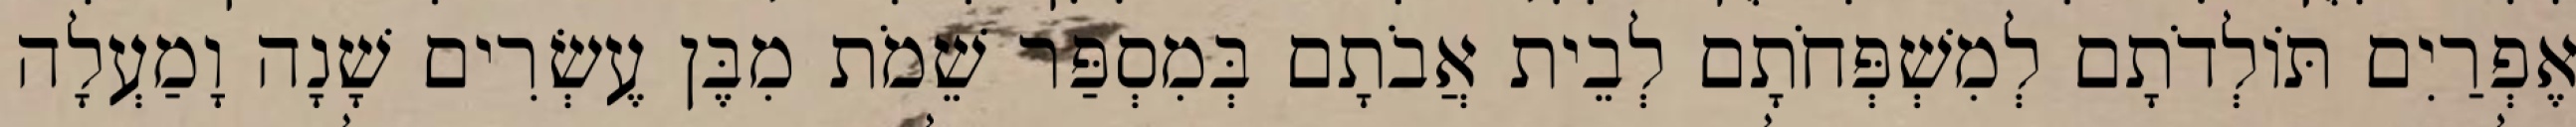
אֶפְרַיִם תּוֹלְדֹתָם לְמִשְׁפְּחֹתָם לְבֵית אֲבֹתָם בְּמִסְפַּר שֵׁמֹת מִבֶּן עֶשְׂרִים שָׁנָה וָמַעְלָה